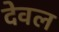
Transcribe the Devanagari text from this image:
देवल